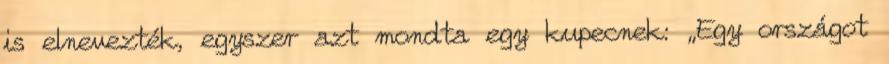
is elnevezték, egyszer azt mondta egy kupecnek: „Egy országot